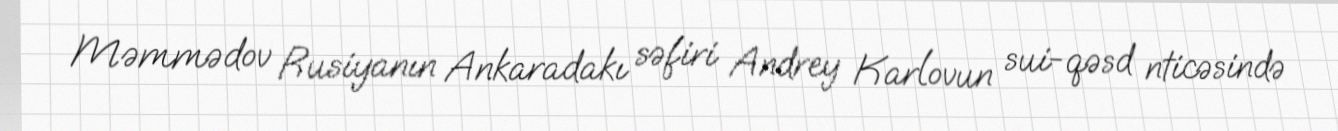
Məmmədov Rusiyanın Ankaradakı səfiri Andrey Karlovun sui-qəsd nticəsində